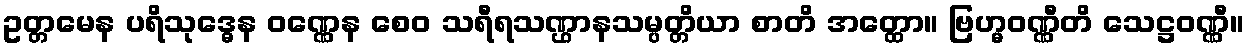
ဥတ္တမေန ပရိသုဒ္ဓေန ဝဏ္ဏေန စေဝ သရီရသဏ္ဌာနသမ္ပတ္တိယာ စာတိ အတ္ထော။ ဗြဟ္မဝဏ္ဏီတိ သေဋ္ဌဝဏ္ဏီ။